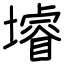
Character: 龼